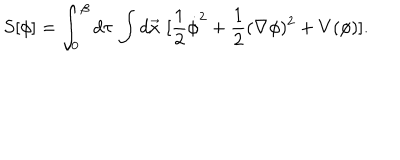
S [ \phi ] = \int _ { 0 } ^ { \beta } d \tau \, \int d \vec { x } \, \, [ \frac { 1 } { 2 } \dot { \phi } ^ { 2 } + \frac { 1 } { 2 } ( \nabla \phi ) ^ { 2 } + V ( \phi ) ] .